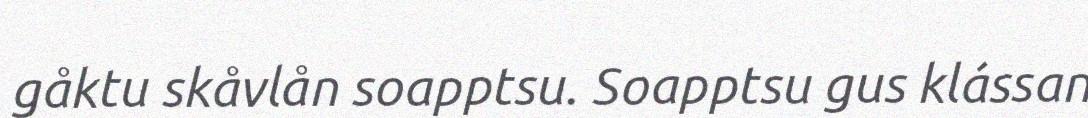
gåktu skåvlån soapptsu. Soapptsu gus klássan